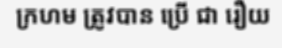
ក្រហម ត្រូវបាន ប្រើ ជា រឿយ